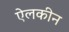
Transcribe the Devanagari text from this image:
ऐलकीन